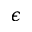
\epsilon